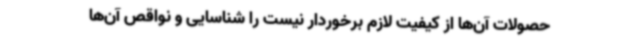
حصولات آن‌ها از کیفیت لازم برخوردار نیست را شناسایی و نواقص آن‌ها